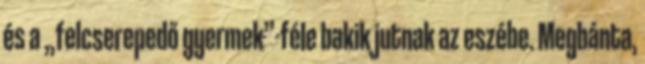
és a „felcserepedő gyermek”-féle bakik jutnak az eszébe. Megbánta,